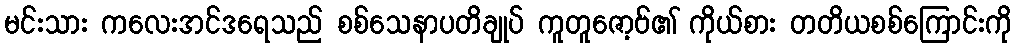
မင်းသား ကလေးအင်ဒရေသည် စစ်သေနာပတိချုပ် ကူတူဇော့ဗ်၏ ကိုယ်စား တတိယစစ်ကြောင်းကို